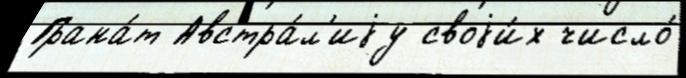
Грана́т Австра́л'иjу своjи́х число́